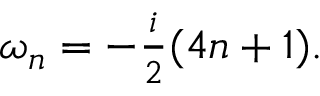
\begin{array} { r } { \omega _ { n } = - \frac { i } { 2 } ( 4 n + 1 ) . } \end{array}